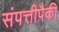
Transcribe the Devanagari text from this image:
संपत्तीपैकी